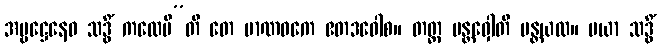
အမ္ဗဋ္ဌေနေဝ သဒ္ဓိံ ကထေမီ”တိ တေ မာဏဝကေ ဧတဒဝေါစ။ တတ္ထ မန္တဝှေါတိ မန္တယထ။ မယာ သဒ္ဓိံ